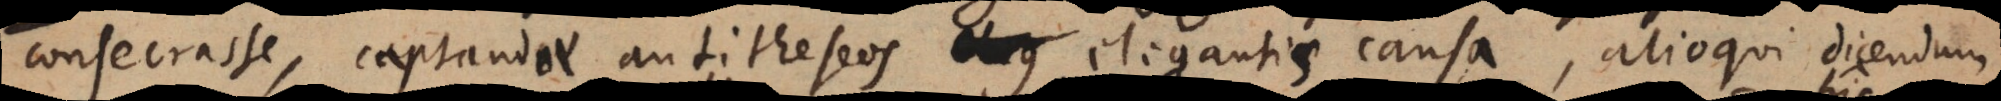
consecrasse, captandae antitheseos elegantis causa, alioqui dicendum